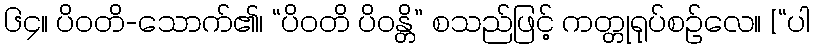
၆၄။ ပိဝတိ-သောက်၏၊ “ပိဝတိ ပိဝန္တိ” စသည်ဖြင့် ကတ္တုရုပ်စဉ်လေ။ [“ပါ